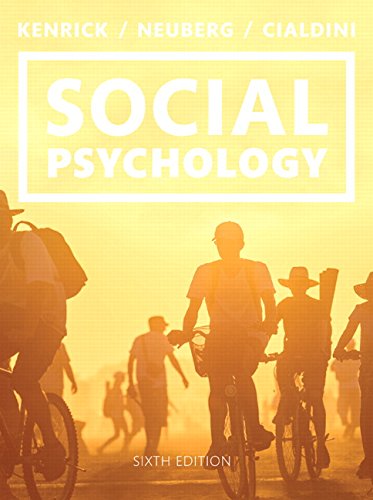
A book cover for Social Psychology: Goals in Interaction (6th Edition); Douglas Kenrick; Medical Books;